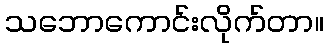
သဘောကောင်းလိုက်တာ။